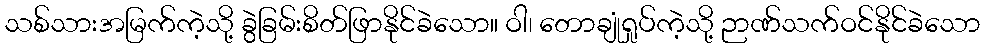
သစ်သားအမြက်ကဲ့သို့ ခွဲခြမ်းစိတ်ဖြာနိုင်ခဲသော။ ဝါ၊ တောချုံရှုပ်ကဲ့သို့ ဉာဏ်သက်ဝင်နိုင်ခဲသော